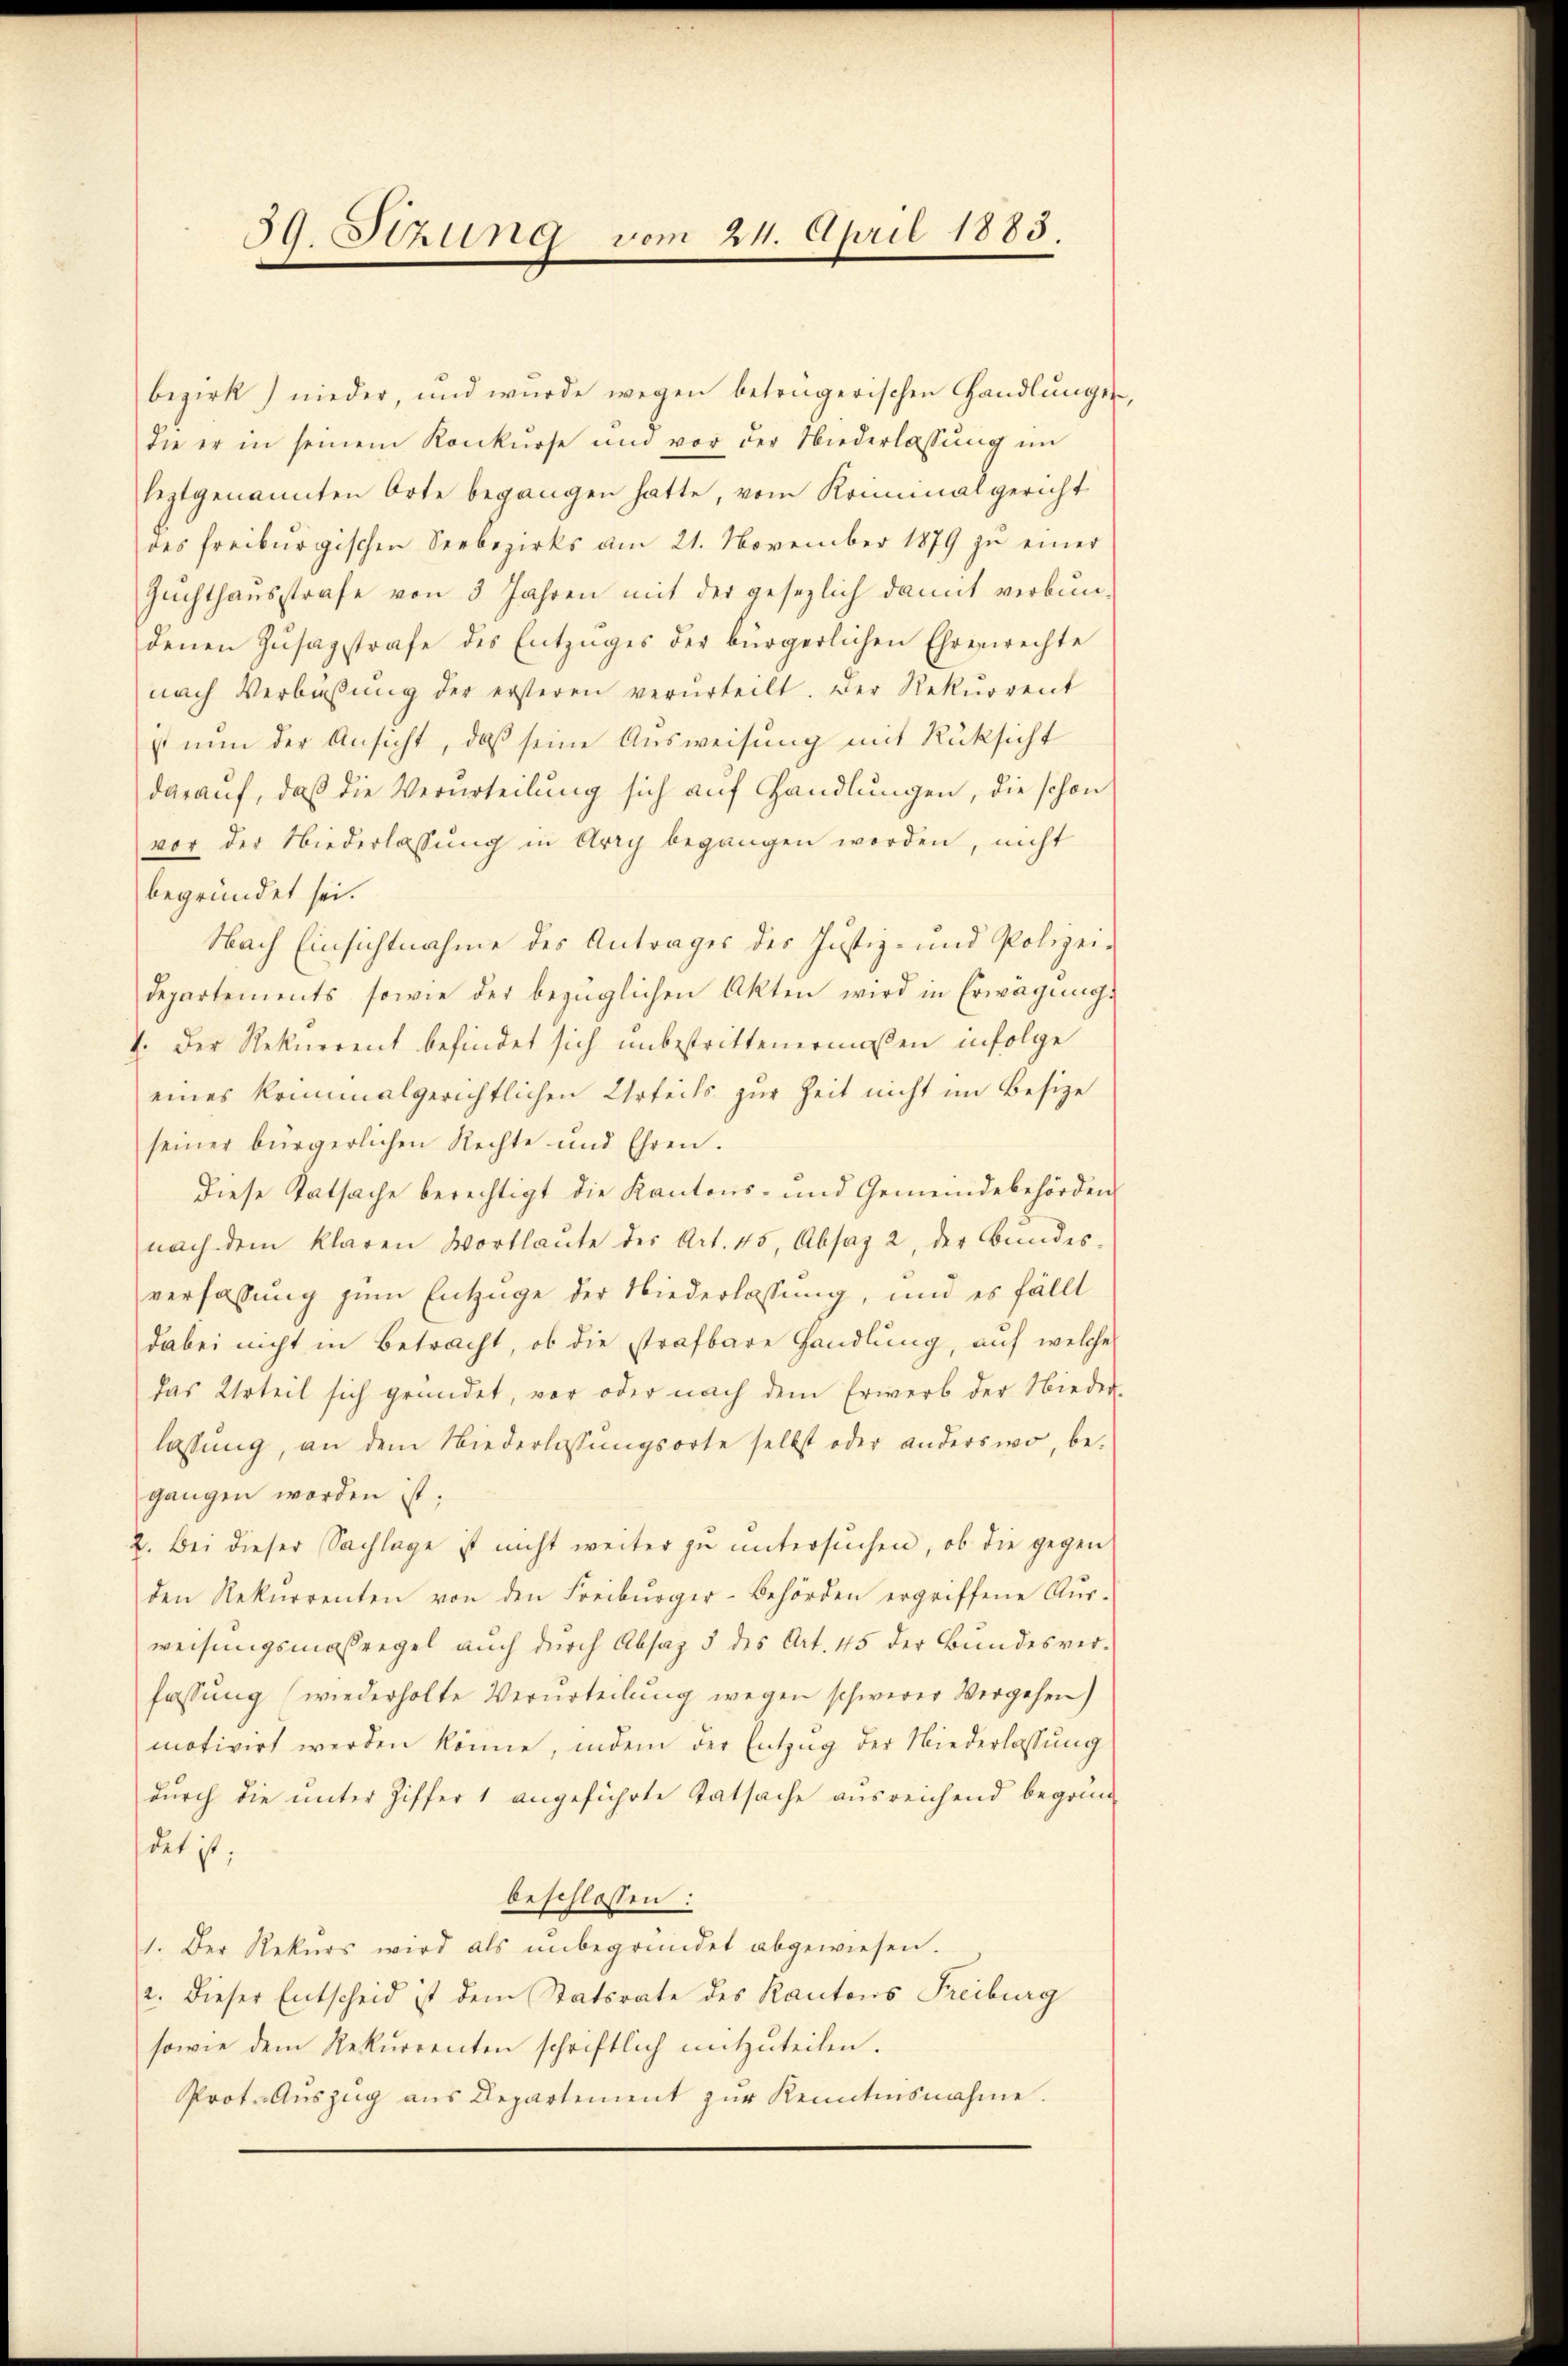
59. Stzung vom 24. April 1883.

bezirk nieder, und wurde wegen beträgerischen Handlŭngen,
die er in seinem Konkurse und vor der Niederlassŭng im
leztgenannten Orte begangen hatte, vom Kriminalgericht
des freiburgischen Seebezirks am 21. November 1879 zu einer
Zuchthausstrafe von 3 Jahren mit der gesezlich damit verbun-
denen Zŭsagstrafe des Entzuges der bürgerlichen Ehrerwechte
nach Verbisŭng der ersteren verurteilt. Der Rekurrent
ist nun der Ansicht, daß seine Ausweisung mit Rüksicht
darauf, daß die Verurteilung sich auf Handlungen, die schon
vor der Niederlassŭng in Arry begangen worden, nicht
begründet sei.
Nach Einsichtnahme des Antrages des Justiz- und Polizei-
departements, sowie der bezüglichen Akten wird in Erwägungs
V. Der Rekurrent befindet sich unbestrittenermaßen infolge
eines kriminalgerichtlichen Urteils zur Zeit nicht im Besize
seiner bürgerlichen Rechte und Ehren.
Diese Tatsache berechtigt die Kantons- und Gemeindebehörden
nach dem klaren Wortlaŭte des Art. 45, Absaz 2, der Bŭndes-
verfassung zum Entzuge der Niederlassung, und es fällt
dabei nicht in Betracht, ob die strafbare Handlung, auf welche
das Urteil sich gründet, vor oder nach dem Erwerb der Nieder-
lassung, an dem Niederlassungsorte selbst oder anderswo, begangen worden ist;
2. Bei dieser Sachlage ist nicht weiter zu untersŭchen, ob die gegen
den Rekurrenten von den Freiburger-Behörden ergriffene Aŭs-
weisungsmassregel auch durch Absaz 5 des Art. 45 der Bundesver-
fassung (wiederholte Verurteilung wegen schwerer Vergehen)
motivirt werden könne, indem der Entzug der Niederlassung
durch die unter Ziffer 1 angeführte Tatsache ausreichend begrün-
det ist;
beschlossen:
1. Der Rekŭrs wird als ŭnbegründet abgewiesen.
2. Dieser Entscheid ist dem Statsrate des Kantons Freiburg
sowie dem Rekurrenten schriftlich mitzŭteilen.
Prot. Aŭszŭg aŭs Departement zŭr Kenntnisnahme.